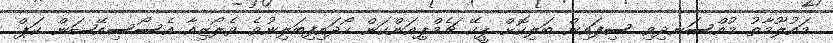
މައުލޫމާތު މުއްސަނދިވި ސިފައިން ބަލިކޮށް ޕީކޭ ޗެމްޕިއަންކަން ހޯދައިފިބަލިނުވެ ވެލޯޒިއާ އެސޯސިއޭޝަން ކަޕް